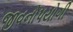
જીવનોપયોગી